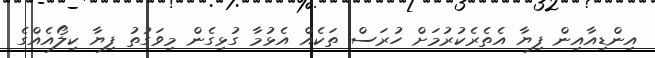
އިންޑިއާއިން ފިޔާ އެތެރެކުރުމަށް ހުރަސް ތަކެއް އެޅުމާ ގުޅިގެން މިވަގުތު ފިޔާ ކިލޯއެއްގެ